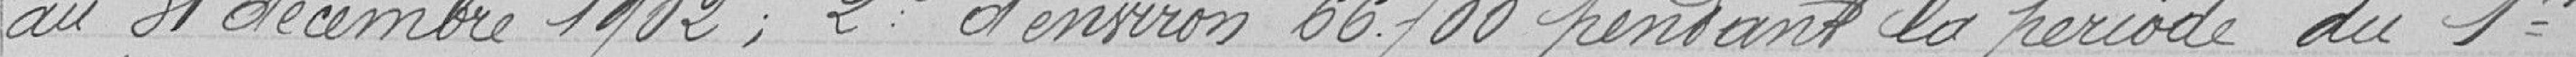
au 31 décembre 1902 ; 2° d'environ 66.700 pendant la période du 1er